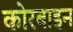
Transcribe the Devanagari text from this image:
कोरबाइन